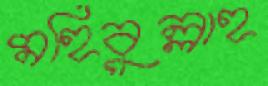
মহিবুল্লাহ